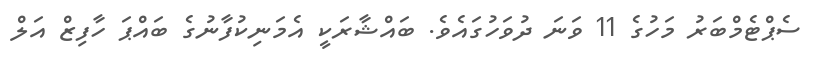
ސެޕްޓެމްބަރު މަހުގެ 11 ވަނަ ދުވަހުގައެވެ. ބައްޝާރަކީ އެމަނިކުފާނުގެ ބައްޕަ ހާފިޒް އަލް